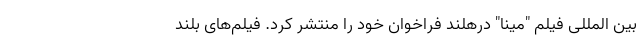
بين المللى فیلم "مینا" درهلند فراخوان خود را منتشر کرد. فیلم‌های بلند